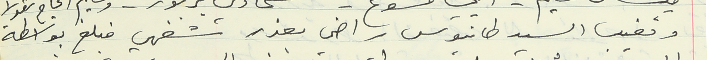
وتغيب السيد طانيوس راضي بعذر شفهي فبلغ بواسطة